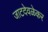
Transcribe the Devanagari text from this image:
जाटदेवळेकर